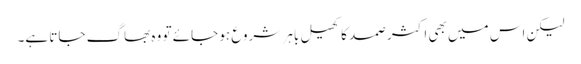
لیکن اس میں بھی اکثر صمد کا کھیل باہر شروع ہو جائے تو وہ بھاگ جاتا ہے۔